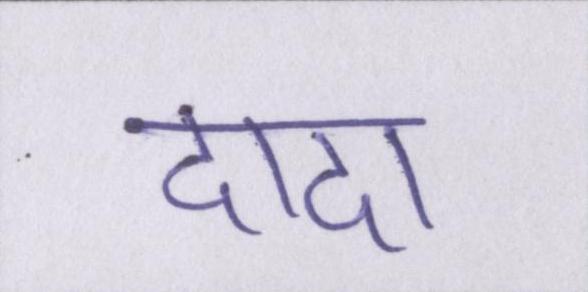
दादा